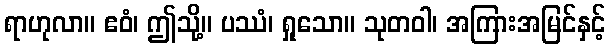
ရာဟုလာ။ ဧဝံ၊ ဤသို့။ ပဿံ၊ ရှုသော။ သုတဝါ၊ အကြားအမြင်နှင့်